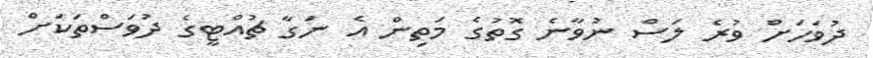
ދުވަހަށް ވުރެ ލަސް ނުވާނެ ގޮތުގެ މަތިން އެ ނަގާ ޗުއްޓީގެ ދުވަސްތަކަށް